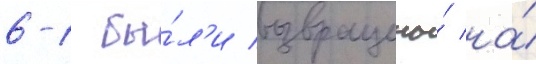
6-1 бы́л'и возвращены́ на́